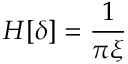
H [ \delta ] = \frac { 1 } { \pi \xi }